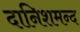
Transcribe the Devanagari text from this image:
दानिशमन्द